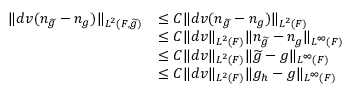
\begin{array} { r l } { \| d v ( n _ { \widetilde { g } } - n _ { g } ) \| _ { L ^ { 2 } ( F , \widetilde { g } ) } } & { \le C \| d v ( n _ { \widetilde { g } } - n _ { g } ) \| _ { L ^ { 2 } ( F ) } } \\ & { \le C \| d v \| _ { L ^ { 2 } ( F ) } \| n _ { \widetilde { g } } - n _ { g } \| _ { L ^ { \infty } ( F ) } } \\ & { \le C \| d v \| _ { L ^ { 2 } ( F ) } \| \widetilde { g } - g \| _ { L ^ { \infty } ( F ) } } \\ & { \le C \| d v \| _ { L ^ { 2 } ( F ) } \| g _ { h } - g \| _ { L ^ { \infty } ( F ) } } \end{array}